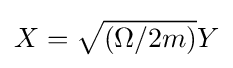
X={\sqrt {(\Omega /2m)}}Y